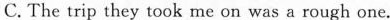
C. The trip they took me on was a rough one.